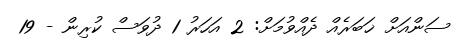
ސަންއަށް ޚަބަރެއް ދެއްވުމަށް: 2 އަހަރު 1 ދުވަސް ކުރިން - 19